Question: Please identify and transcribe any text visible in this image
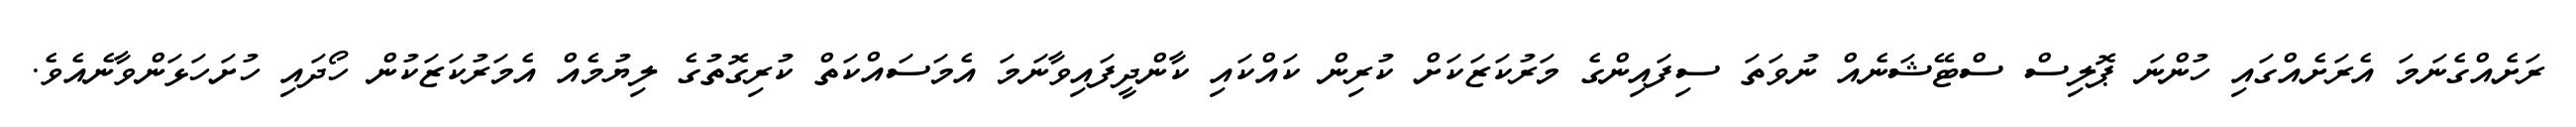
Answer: ރަށެއްގެނަމަ އެރަށެއްގައި ހުންނަ ޕޮލިސް ސްޓޭޝަނެއް ނުވަތަ ސިފައިންގެ މަރުކަޒަކަށް ކުރިން ކައްކައި ކާންދީފައިވާނަމަ އެމަސައްކަތް ކުރިގޮތުގެ ލިޔުމެއް އެމަރުކަޒަކުން ހޯދައި ހުށަހަޅަންވާނެއެވެ.